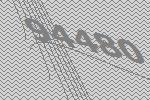
94480